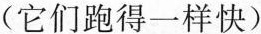
(它们跑得一样快)